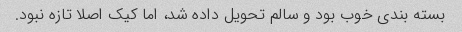
بسته بندی خوب بود و سالم تحویل داده شد، اما کیک اصلا تازه نبود.